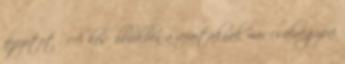
fejezetet . A későbbiekben a refaitáknak már csak egyéni